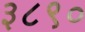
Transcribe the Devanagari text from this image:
३८९०